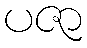
ပဇာ